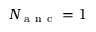
N _ { \mathrm { ~ a ~ n ~ c ~ } } = 1